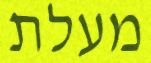
מעלת